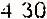
4.30